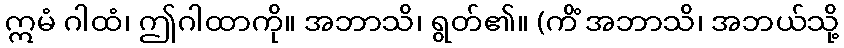
ဣမံ ဂါထံ၊ ဤဂါထာကို။ အဘာသိ၊ ရွတ်၏။ (ကိံ အဘာသိ၊ အဘယ်သို့